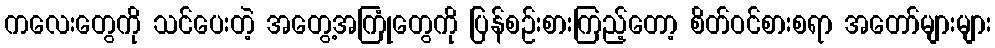
ကလေးတွေကို သင်ပေးတဲ့ အတွေ့အကြုံတွေကို ပြန်စဉ်းစားကြည့်တော့ စိတ်ဝင်စားစရာ အတော်များများ